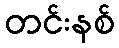
တင်းနစ်